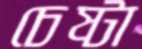
চেষ্টা